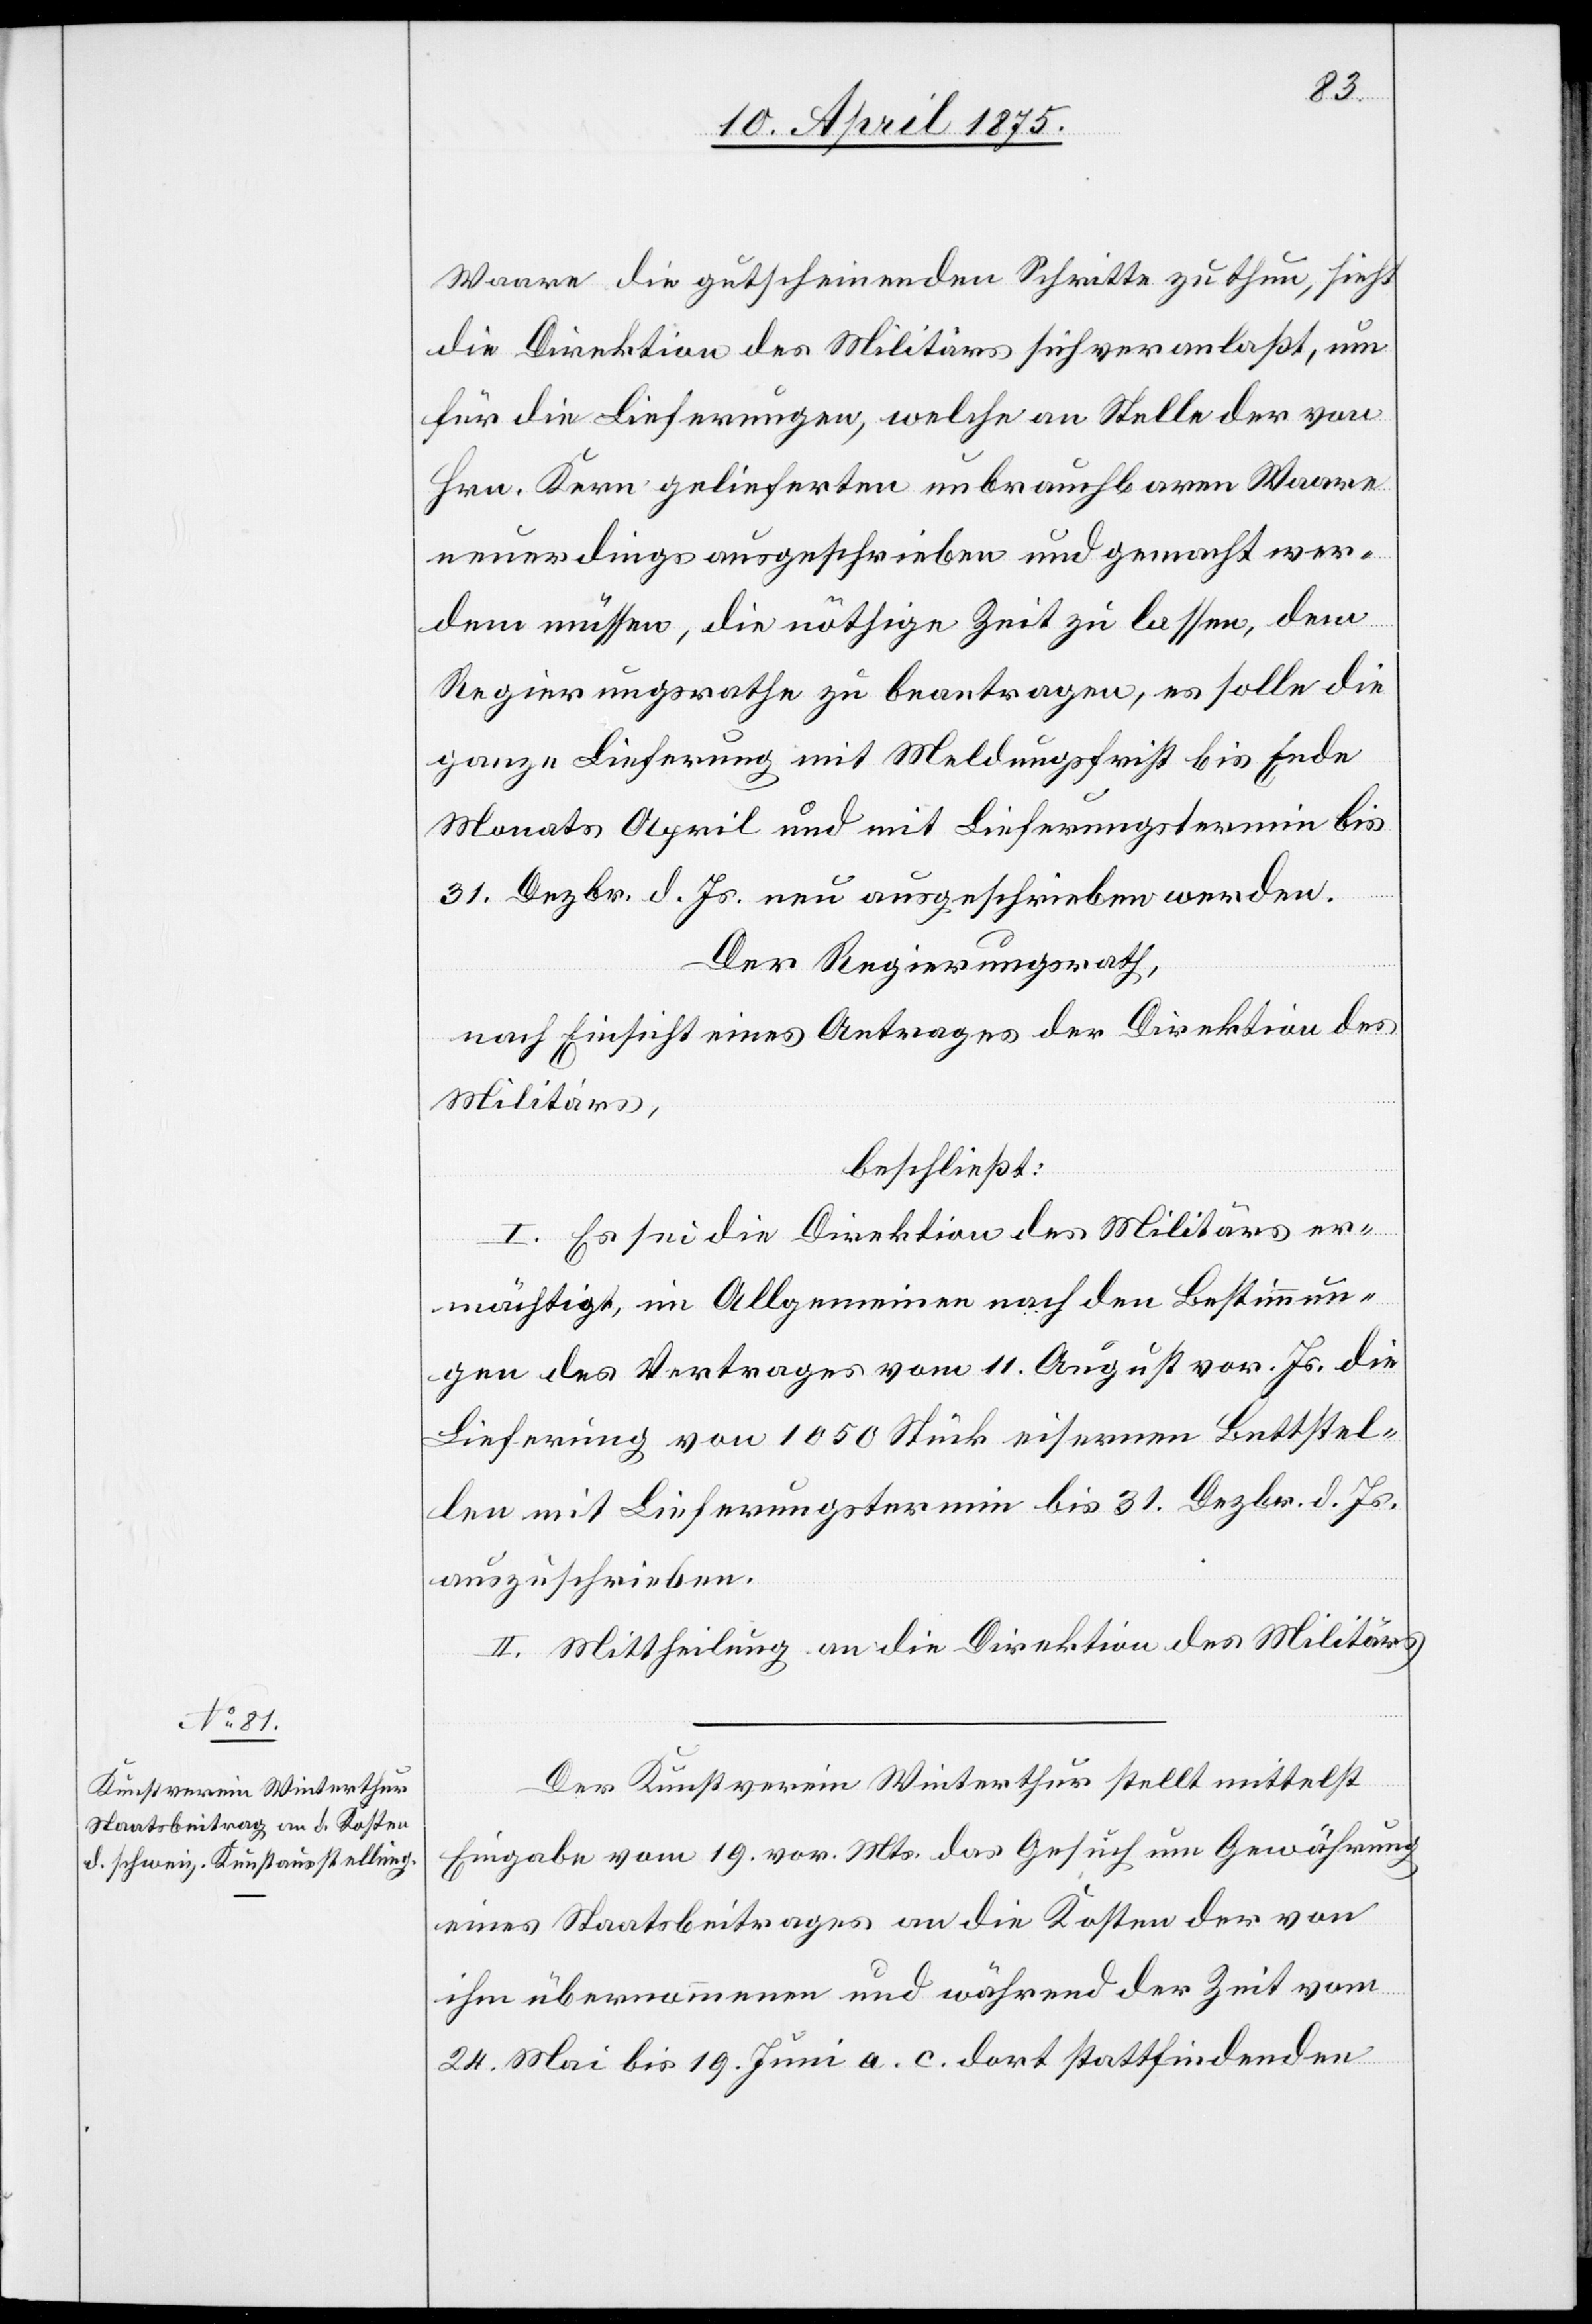
Waare die gutscheinenden Schritte zu thun, sieht
die Direktion der Militärs sich veranlaßt, um
für die Lieferungen, welche an Stelle der von
Hrn. Kern gelieferten unbrauchbaren Waare
neuerdings ausgeschrieben und gemacht wer¬
den müssen, die nöthige Zeit zu lassen, dem
Regierungsrathe zu beantragen, es solle die
ganze Lieferung mit Meldungsfrist bis Ende
Monats April und mit Lieferungstermin bis
31. Dezbr. d. Js. neu ausgeschrieben werden.
Der Regierungsrath,
nach Einsicht eines Antrages der Direktion des
Militärs,
beschließt:
I. Es sei die Direktion des Militärs er¬
mächtigt, im Allgemeinen nach den Bestimmun¬
gen des Vertrages vom 11. August vor. Js. die
Lieferung von 1050 Stück eisernen Bettstel¬
len mit Liefertermin bis 31. Dezbr. d. Js.
auszuschrieben.
II. Mittheilung an die Direktion des Militärs.
Der Kunstverein Winterthur stellt mittelst
Eingabe vom 19. vor. Mts. das Gesuch um Gewährung
eines Staatsbeitrages an die Kosten der von
ihm übernommenen und während der Zeit vom
24. Mai bis 19. Juni a. c. dort stattfindenden